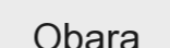
Obara